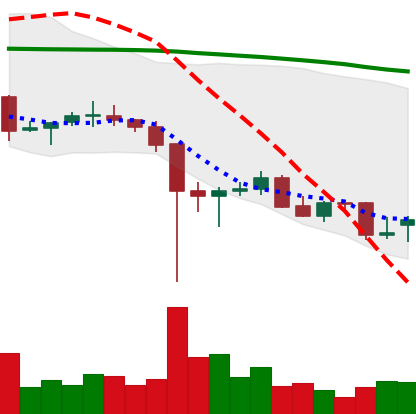
Ticker: ETC-USD
Chart end date: 2021-12-15
Forward return: -4.366%
Label: down_3_5